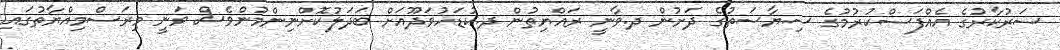
ސަރުކާރުގެ އެއްފަސްކުރުމުގެ ސިޔާސަތުގެ ދަށުން ދ.ވާނީ ރައްޔިތުން ދ.ކުޑަހުވަދޫއަށް ބަދަލުކޮށްނިންމުންވެސް ވަނީ މިރަސްމިއްޔާތުގައި